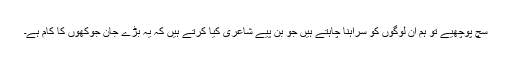
سچ پوچھیے تو ہم اُن لوگوں کو سراہنا چاہتے ہیں جو بن پیے شاعری کیا کرتے ہیں کہ یہ بڑے جان جوکھوں کا کام ہے۔